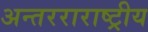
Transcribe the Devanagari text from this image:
अन्तरराराष्ट्रीय